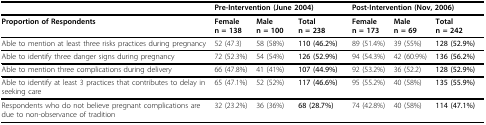
<table><thead><tr><td></td><td colspan="3"><b>Pre-Intervention (June 2004)</b></td><td colspan="3"><b>Post-Intervention (Nov, 2006)</b></td></tr></thead><tbody><tr><td><b>Proportion of Respondents</b></td><td><b>Female n = 138</b></td><td><b>Male n = 100</b></td><td><b>Total n = 238</b></td><td><b>Female n = 173</b></td><td><b>Male n = 69</b></td><td><b>Total n = 242</b></td></tr><tr><td>Able to mention at least three risks practices during pregnancy</td><td>52 (47.3)</td><td>58 (58%)</td><td><b>110 (46.2%)</b></td><td>89 (51.4%)</td><td>39 (55%)</td><td><b>128 (52.9%)</b></td></tr><tr><td>Able to identify three danger signs during pregnancy</td><td>72 (52.3%)</td><td>54 (54%)</td><td><b>126 (52.9%)</b></td><td>94 (54.3%)</td><td>42 (60.9%)</td><td><b>136 (56.2%)</b></td></tr><tr><td>Able to mention three complications during delivery</td><td>66 (47.8%)</td><td>41 (41%)</td><td><b>107 (44.9%)</b></td><td>92 (53.2%)</td><td>36 (52.2)</td><td><b>128 (52.9%)</b></td></tr><tr><td>Able to identify at least 3 practices that contributes to delay in seeking care</td><td>65 (47.1%)</td><td>52 (52%)</td><td><b>117 (46.6%)</b></td><td>95 (55.2%)</td><td>40 (58%)</td><td><b>135 (55.9%)</b></td></tr><tr><td>Respondents who do not believe pregnant complications are due to non-observance of tradition</td><td>32 (23.2%)</td><td>36 (36%)</td><td><b>68 (28.7%)</b></td><td>74 (42.8%)</td><td>40 (58%)</td><td><b>114 (47.1%)</b></td></tr></tbody></table>